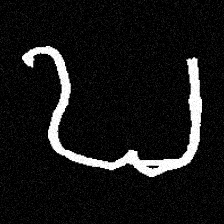
Pyu character \u2014 Myanmar letter: ဎ (romanized: ddha)